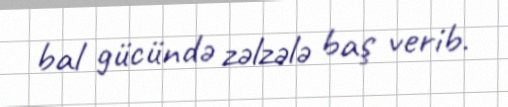
bal gücündə zəlzələ baş verib.